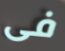
فى